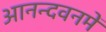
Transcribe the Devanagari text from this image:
आनन्दवनमें